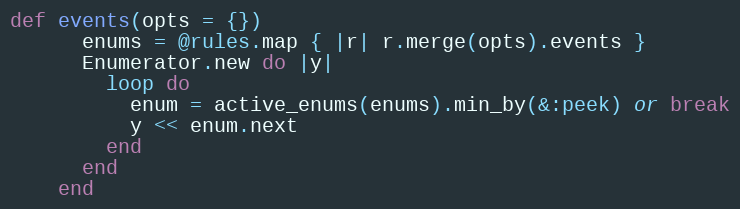
Language: Ruby
def events(opts = {})
      enums = @rules.map { |r| r.merge(opts).events }
      Enumerator.new do |y|
        loop do
          enum = active_enums(enums).min_by(&:peek) or break
          y << enum.next
        end
      end
    end